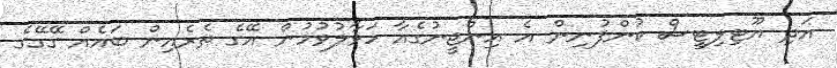
އަދި ޔޫޓިލިޓީސް ކުންފުނިން އެ އިންޖީނުގެއާ ހަވާލުވުމުން އޭގެ ތެރެއިން ބައެއް ގޭގޭގެ